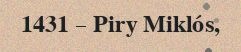
1431 – Piry Miklós,